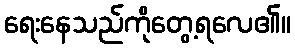
ရေးနေသည်ကိုတွေ့ရလေ၏။